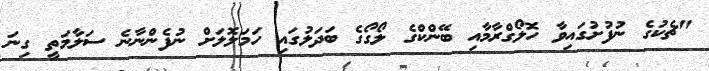
"ޗެކުގެ ނުފުށުގައިވާ ހޮލޯގްރާމާއި ބޭންކްގެ ލޯގޯގެ ބަދަލުގައި ހަމަލޮލަށް ނުފެންނާނެ ސަލާމަތީ ގިނަ